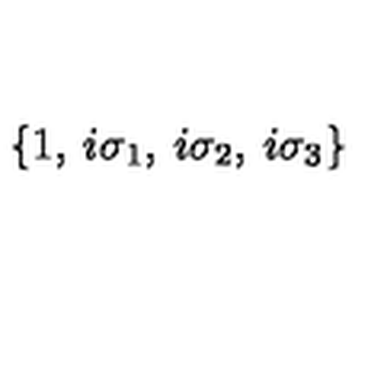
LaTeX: \left\{ 1 , \: i \sigma _ { 1 } , \: i \sigma _ { 2 } , \: i \sigma _ { 3 } \right\}